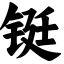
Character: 铤